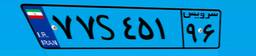
۷۷S۴۵۱۹۶